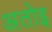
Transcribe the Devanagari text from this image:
अतोइ